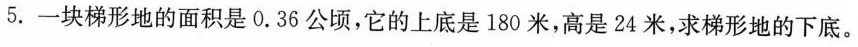
5.一块梯形地的面积是0.36公顷，它的上底是180米，高是24米，求梯形地的下底。